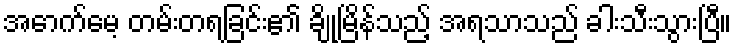
အောက်မေ့ တမ်းတရခြင်း၏ ချိုမြိန်သည့် အရသာသည် ခါးသီးသွားပြီ။